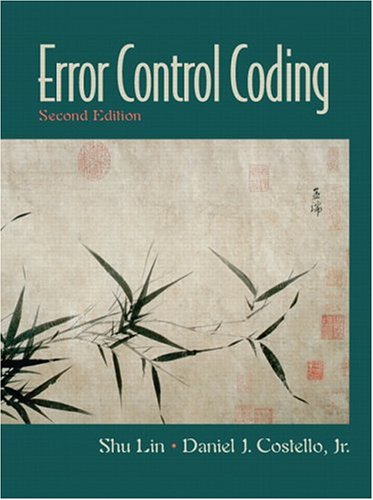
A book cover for Error Control Coding (2nd Edition); Shu Lin; Computers & Technology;